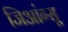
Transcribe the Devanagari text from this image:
जिआंग्सू